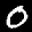
Label: 0